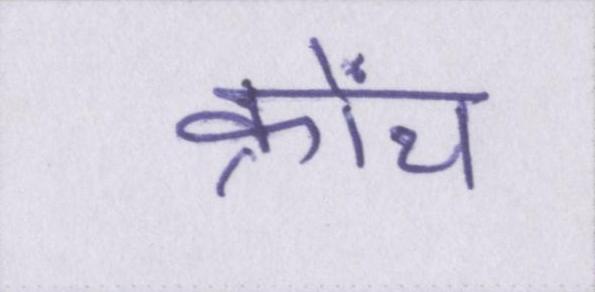
क्रोंच